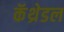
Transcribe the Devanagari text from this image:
कॅथ्रेडल